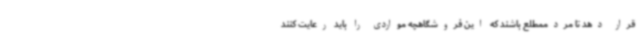
قرار دهد تا مردممطلع باشند که این فروشگاهچه مواردی را باید رعایت کنند